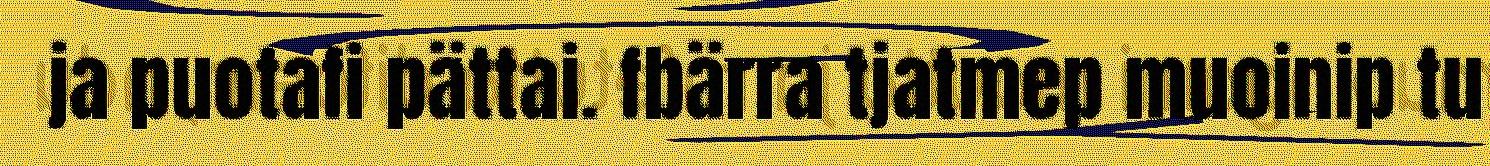
ja puotafi pättai. fbärra tjatmep muoinip tu